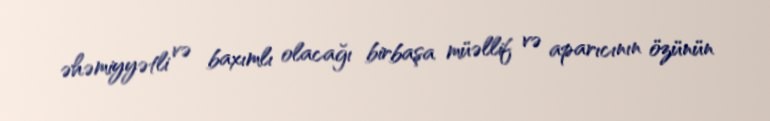
əhəmiyyətli və baxımlı olacağı birbaşa müəllif və aparıcının özünün